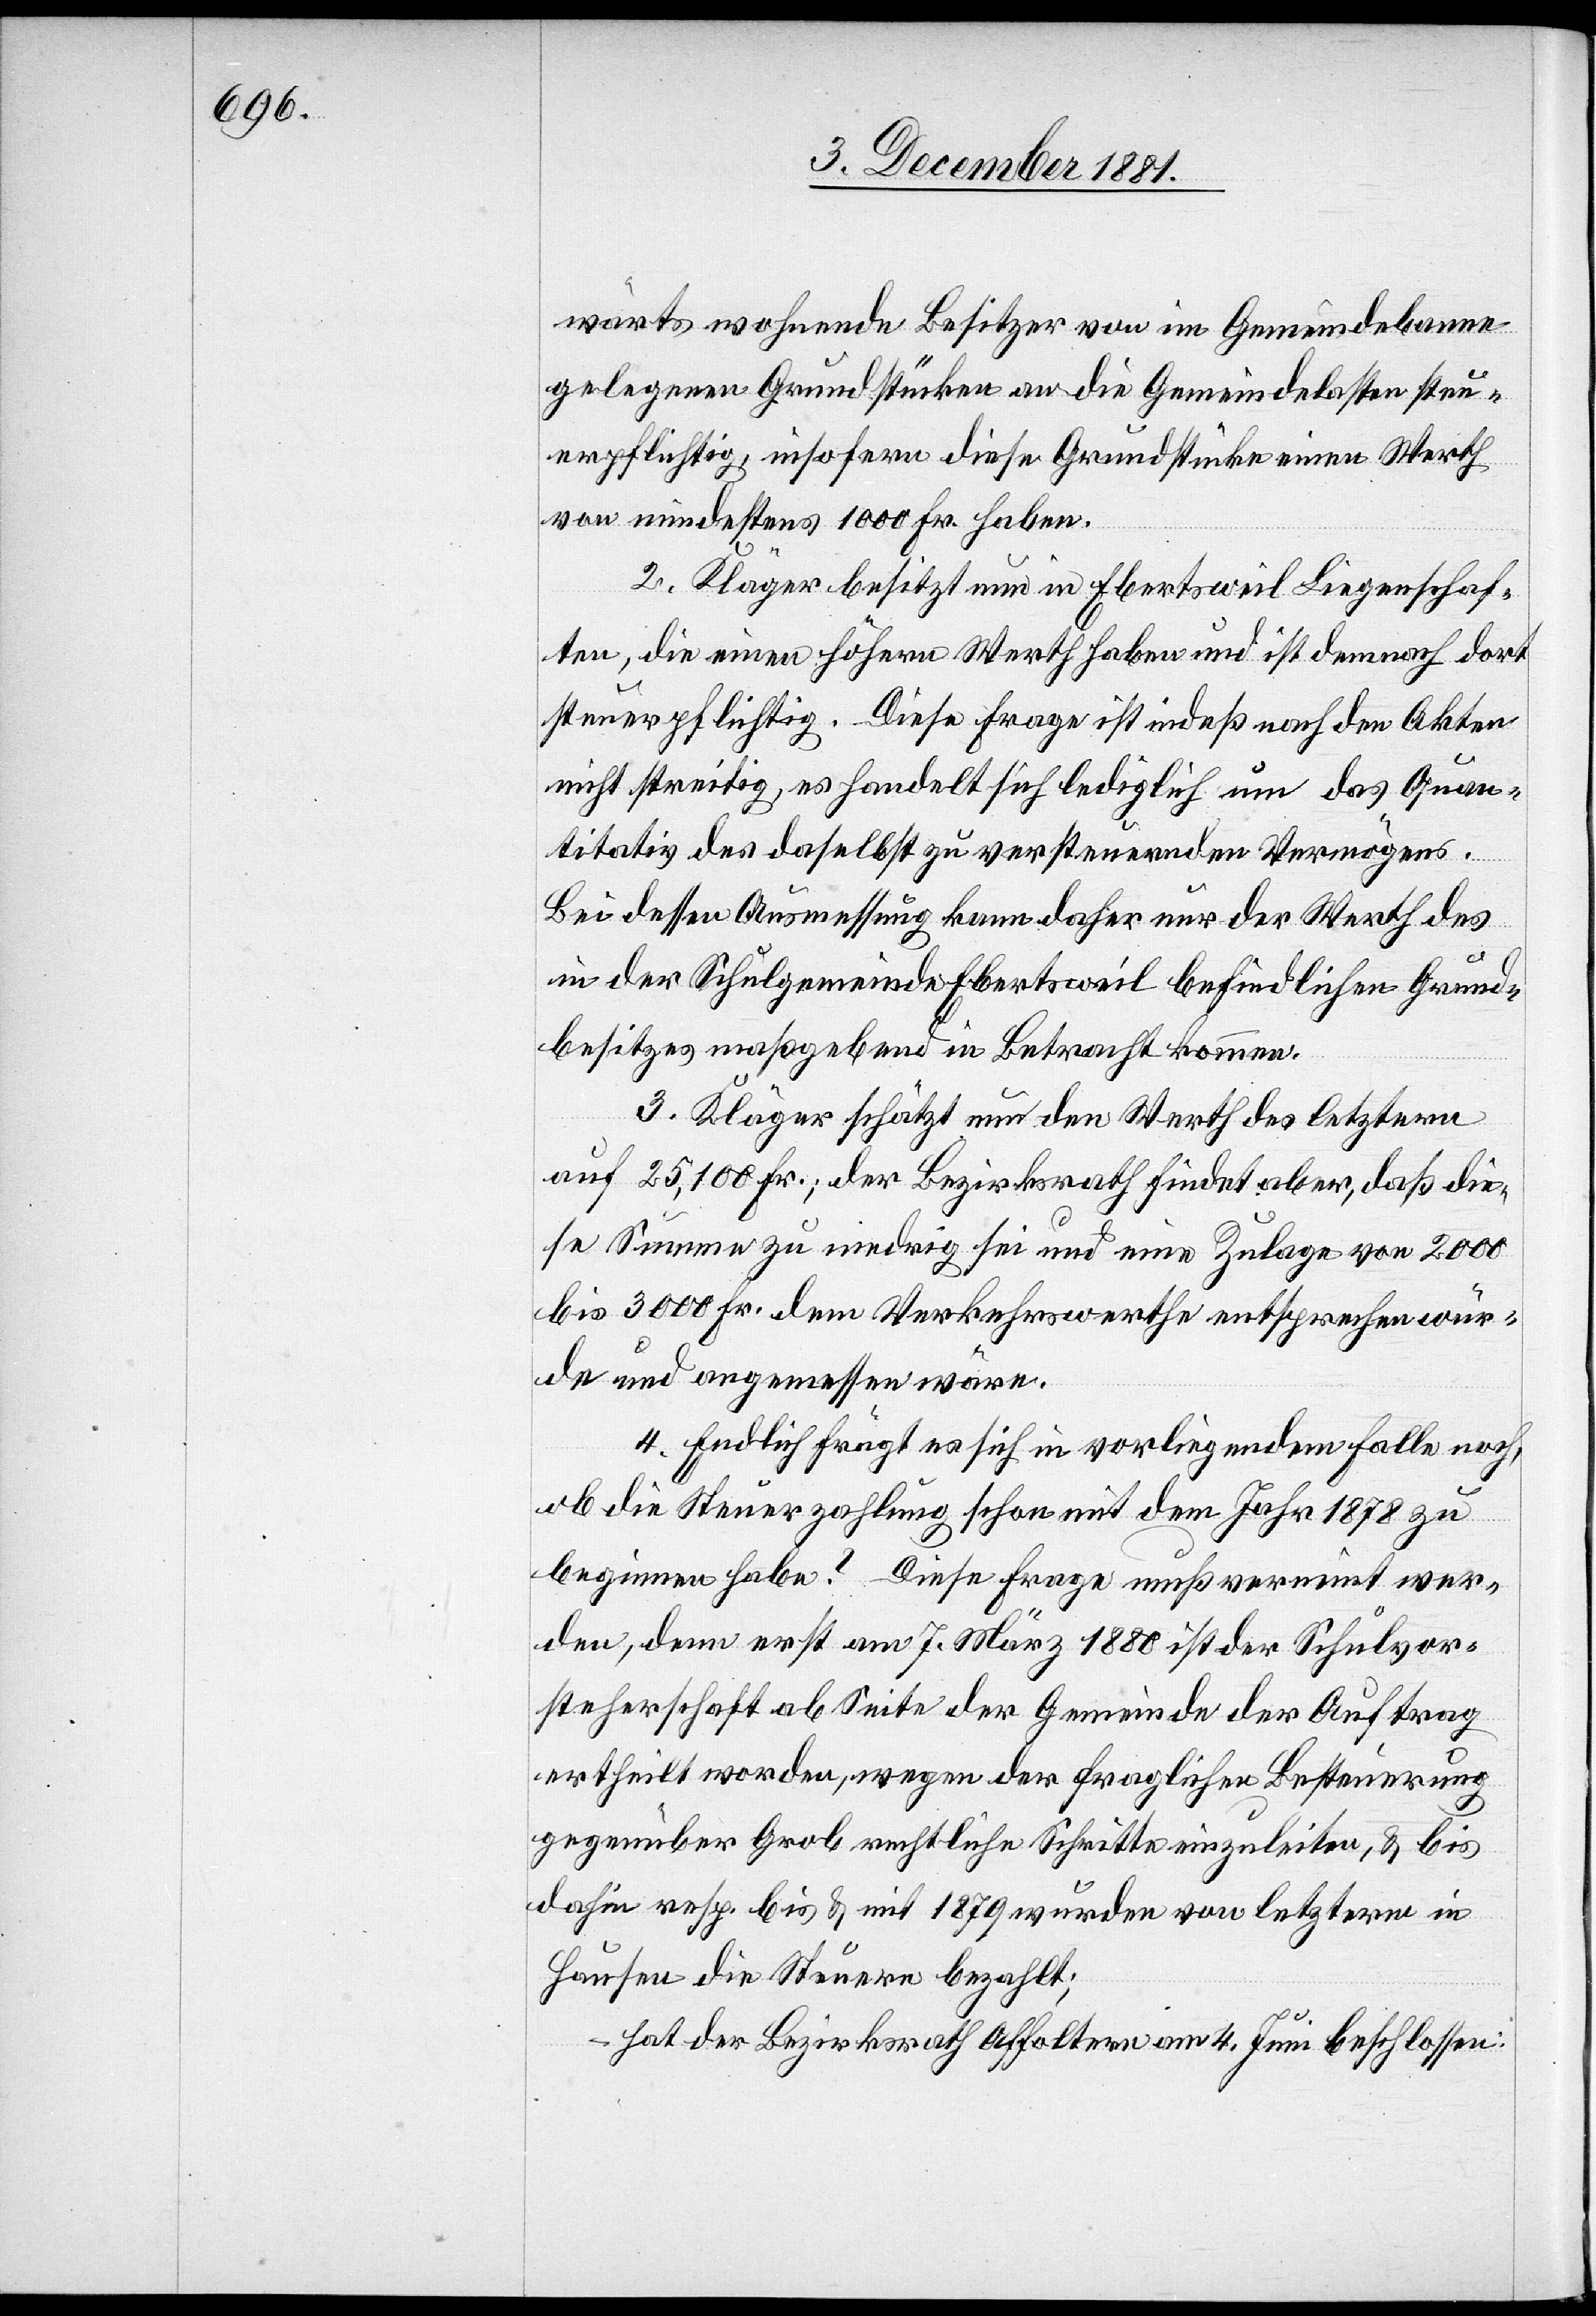
wärts wohnende Besitzer von im Gemeindebanne
gelegenen Grundstücken an die Gemeindelasten steu¬
erpflichtig, insofern diese Grundstücke einen Werth
von mindestens 1000 Fr. haben.
2. Kläger besitzt nun in Ebertsweil Liegenschaf¬
ten, die einen höhern Werth haben und ist demnach dort
steuerpflichtig. Diese Frage ist indeß nach den Akten
nicht streitig, es handelt sich lediglich um das Quan¬
titativ des daselbst zu versteuernden Vermögens.
Bei dessen Ausmessung kann daher nur der Werth des
in der Schulgemeinde Ebertsweil befindlichen Grund¬
besitzes maßgebend in Betracht kommen.
3. Kläger schätzt nun den Werth des letztern
auf 25,100 Fr.; der Bezirksrath findet aber, daß die¬
se Summe zu niedrig sei und eine Zulage von 2000
bis 3000 Fr. dem Verkehrswerthe entsprechen wür¬
de und angemessen wäre.
4. Endlich frägt [sic!] es sich in vorliegendem Falle noch,
ob die Steuerzahlung schon mit dem Jahr 1878 zu
beginnen habe? Diese Frage muß verneint wer¬
den, denn erst am 7. März 1880 ist der Schulvor¬
steherschaft ab Seite der Gemeinde der Auftrag
ertheilt worden, wegen der fraglichen Besteuerung
gegenüber Grob rechtliche Schritte einzuleiten, & bis
dahin resp. bis & mit 1879 wurden von letzterm in
Hausen die Steuer bezahlt;
hat der Bezirksrath Affoltern am 4. Juni beschlossen: